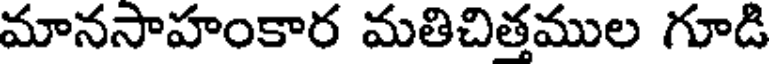
మానసాహంకార మతిచిత్తముల గూడి